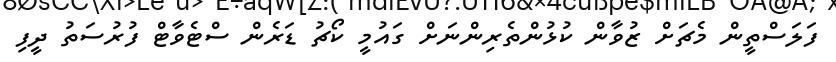
ފަލަސްތީން މެޗަށް ޒުވާން ކުޅުންތެރިންނަށް ގައުމީ ކޯޗު ޑަރެން ސްޓެވާޓް ފުރުސަތު ދީފި